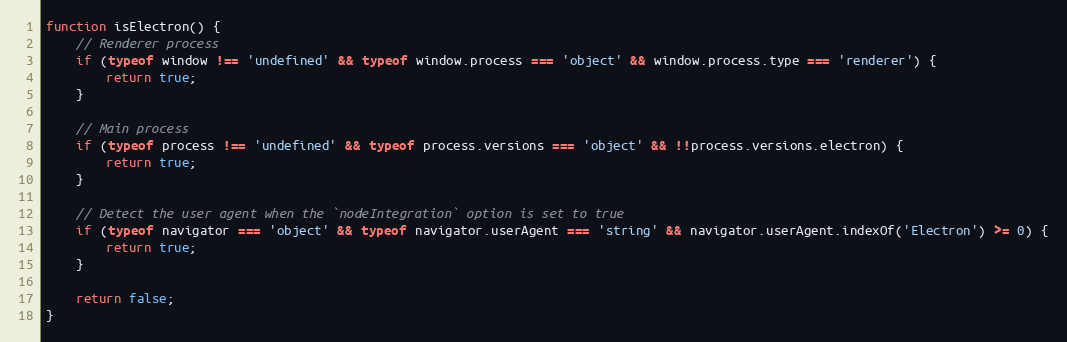
Language: JavaScript
function isElectron() {
    // Renderer process
    if (typeof window !== 'undefined' && typeof window.process === 'object' && window.process.type === 'renderer') {
        return true;
    }

    // Main process
    if (typeof process !== 'undefined' && typeof process.versions === 'object' && !!process.versions.electron) {
        return true;
    }

    // Detect the user agent when the `nodeIntegration` option is set to true
    if (typeof navigator === 'object' && typeof navigator.userAgent === 'string' && navigator.userAgent.indexOf('Electron') >= 0) {
        return true;
    }

    return false;
}